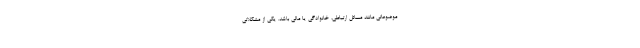
موضوعاتی مانند مسائل ارتباطی، خانوادگی یا مالی باشد. یکی از مشکلاتی